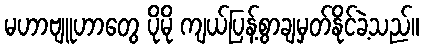
မဟာဗျူဟာတွေ ပိုမို ကျယ်ပြန့်စွာချမှတ်နိုင်ခဲ့သည်။